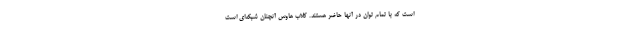
است که با تمام توان در آنها حاضر هستند. کلاب هاوس آنچنان شبکه‌ای است